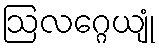
ဩလဂ္ဂေယျုံ